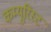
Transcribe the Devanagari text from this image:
कम्यूरिस्ट